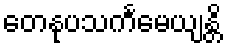
တေနုပသင်္ကမေယျန္တိ